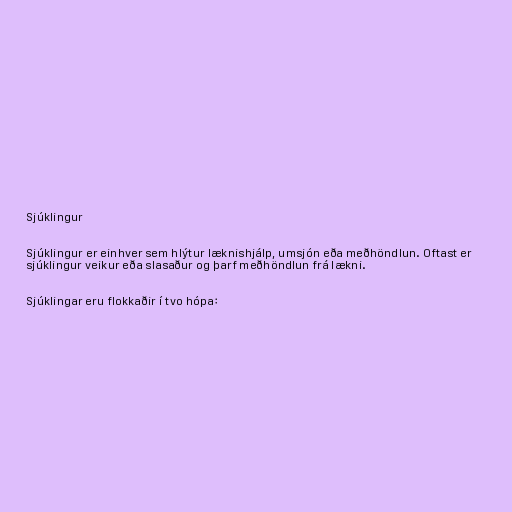
Sjúklingur

Sjúklingur er einhver sem hlýtur læknishjálp, umsjón eða meðhöndlun. Oftast er
sjúklingur veikur eða slasaður og þarf meðhöndlun frá lækni.

Sjúklingar eru flokkaðir í tvo hópa: